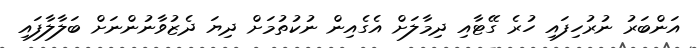
އަންބަރު ނުރުހިފައި ހުރެ ގޭޓާއި ދިމާލަށް އެގެއިން ނުކުތުމަށް ދިޔަ ދެޒުވާނުންނަށް ބަލާލާފައި